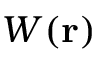
W ( \mathbf { r } )